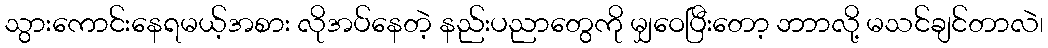
သွားကောင်းနေရမယ့်အစား လိုအပ်နေတဲ့ နည်းပညာတွေကို မျှဝေပြီးတော့ ဘာာလို့ မသင်ချင်တာလဲ၊